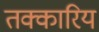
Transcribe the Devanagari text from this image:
तक्कारिय